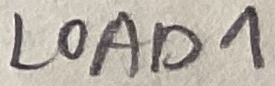
Text: LOAD1